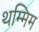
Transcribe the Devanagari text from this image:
थम्मिम